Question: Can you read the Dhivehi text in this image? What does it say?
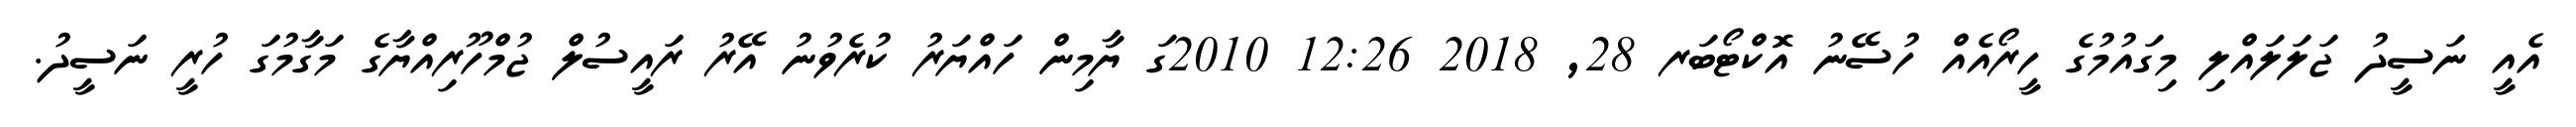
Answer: އެއީ ނަސީދު ޖަލަލައްލި މިގައުމުގެ ހީރޯއެއް ހުސޭނު އޮކްޓޯބަރ 28, 2018 12:26 2010ގަ ޔާމިން ހައްޔަރު ކުރެވުނު އޭރު ރައީސުލް ޖުމްހޫރިއްޔާގެ މަގާމުގަ ހުރީ ނަސީދު.